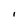
Character: I